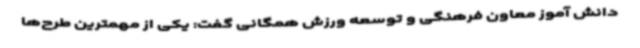
دانش آموز معاون فرهنگی و توسعه ورزش همگانی گفت: یکی از مهمترین طرح‌ها